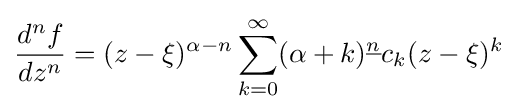
{d^{n}f \over dz^{n}}=(z-\xi )^{\alpha -n}\sum _{k=0}^{\infty }(\alpha +k)^{\underline {n}}c_{k}(z-\xi )^{k}